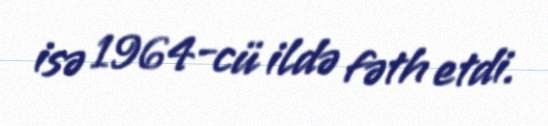
isə 1964-cü ildə fəth etdi.